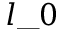
l \_ 0